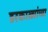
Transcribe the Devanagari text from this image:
डरकाळ्यांच्या